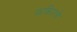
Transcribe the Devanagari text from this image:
फकिराचे